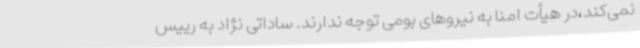
نمی‌کند،در هیأت امنا به نیروهای بومی توجه ندارند. ساداتی نژاد به رییس